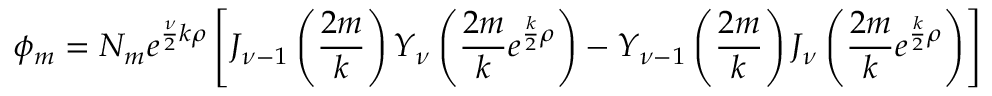
\phi _ { m } = N _ { m } e ^ { { \frac { \nu } { 2 } } k \rho } \left[ J _ { \nu - 1 } \left( { \frac { 2 m } { k } } \right) Y _ { \nu } \left( { \frac { 2 m } { k } } e ^ { { \frac { k } { 2 } } \rho } \right) - Y _ { \nu - 1 } \left( { \frac { 2 m } { k } } \right) J _ { \nu } \left( { \frac { 2 m } { k } } e ^ { { \frac { k } { 2 } } \rho } \right) \right]